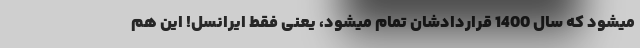
میشود که سال 1400 قراردادشان تمام میشود، یعنی فقط ایرانسل! این هم